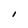
Character: I